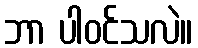
ဘာ ပါဝင်သလဲ။